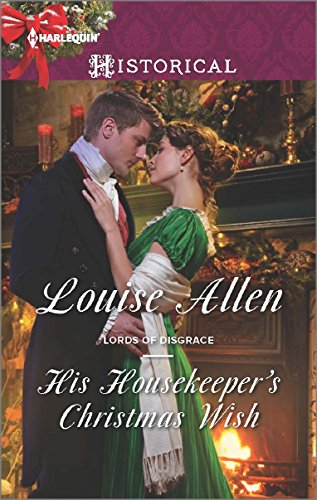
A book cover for His Housekeeper's Christmas Wish (Lords of Disgrace); Louise Allen; Romance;